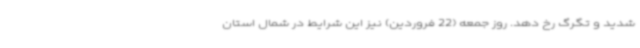
شدید و تگرگ رخ دهد. روز جمعه (22 فروردین) نیز این شرایط در شمال استان